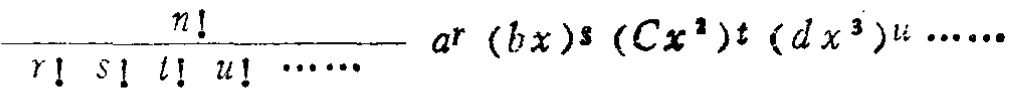
\frac{n!}{r! \ s! \ t! \ u! \ \cdots \cdots} a^{r} (bx)^{s} (Cx^{2})^{t} (dx^{3})^{u} \cdots \cdots